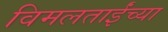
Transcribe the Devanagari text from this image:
विमलताईंच्या